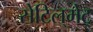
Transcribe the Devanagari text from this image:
सेटिल्‌मेट्